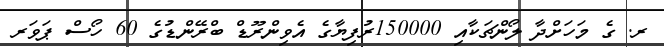
ރ. ގެ މަހަށްދާ ލޯންޗަކާއި 150000ރުފިޔާގެ އެވިންރޫޑް ބްރޭންޑުގެ 60 ހޯސް ޕަވަރ